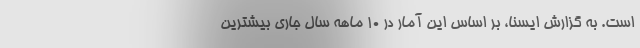
است. به گزارش ایسنا، بر اساس این آمار در ۱۰ ماهه سال جاری بیشترین